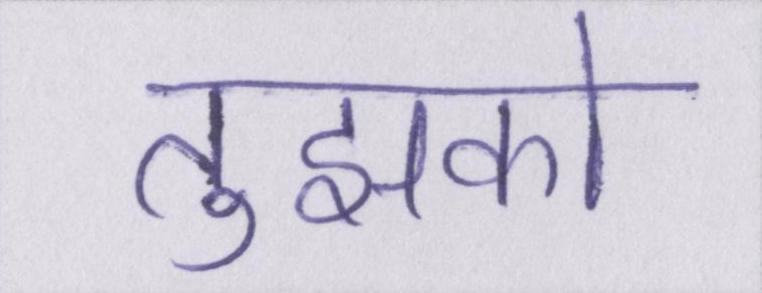
तुझको